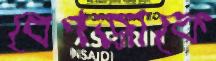
বেপজাকে